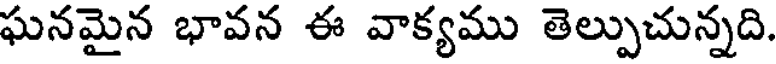
ఘనమైన భావన ఈ వాక్యము తెల్పుచున్నది.